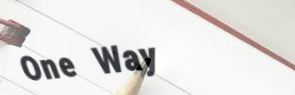
One Way